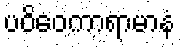
ပဝိဝေကာရာမာနံ